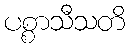
ပစ္စာသီသတိ